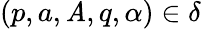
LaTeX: (p,a,\mathit{A},q,\alpha)\in\delta